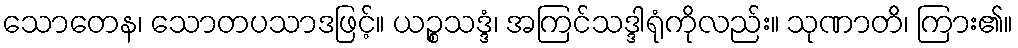
သောတေန၊ သောတပသာဒဖြင့်။ ယဉ္စသဒ္ဒံ၊ အကြင်သဒ္ဒါရုံကိုလည်း။ သုဏာတိ၊ ကြား၏။